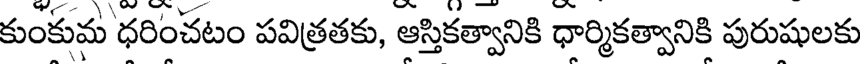
కుంకుమ ధరించటం పవిత్రతకు, ఆస్తికత్వానికి ధార్మికత్వానికి పురుషులకు